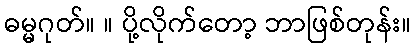
ဓမ္မဂုတ်။ ။ ပို့လိုက်တော့ ဘာဖြစ်တုန်း။